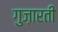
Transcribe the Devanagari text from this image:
गुज़ारती